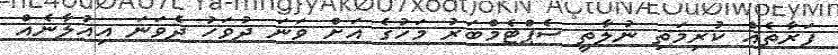
ފަރާތެއް ކުރިމަތި ނުލާތީ ސެޕްޓެމްބަރު މަހުގެ އަށް ވަނަ ދުވަހު ދެވަނަ އިއުލާނެއް